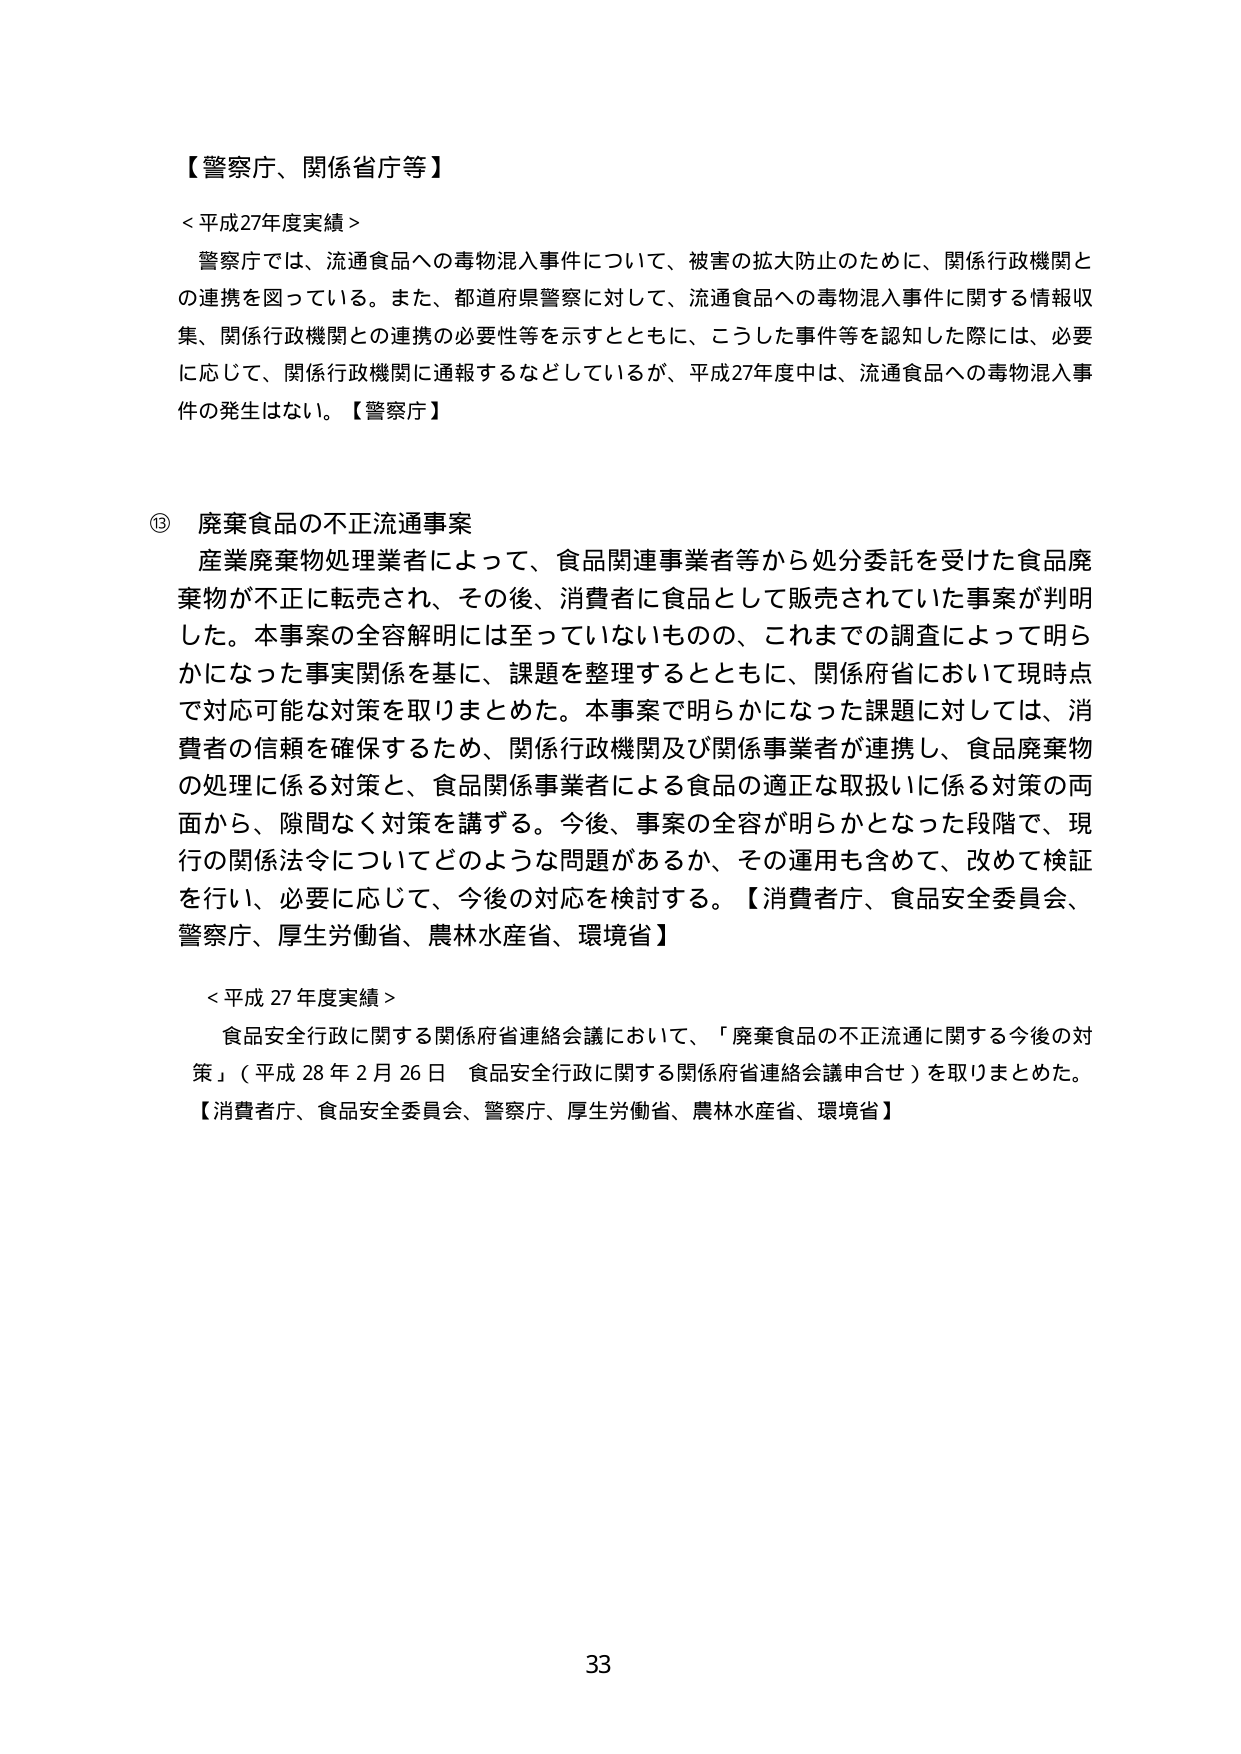
【警察庁、関係省庁等】

＜平成27年度実績＞
警察庁では、流通食品への毒物混入事件について、被害の拡大防止のために、関係行政機関との連携を図っている。また、都道府県警察に対して、流通食品への毒物混入事件に関する情報収集、関係行政機関との連携の必要性等を示すとともに、こうした事件等を認知した際には、必要に応じて、関係行政機関に通報するなどしているが、平成27年度中は、流通食品への毒物混入事件の発生はない。【警察庁】

⑬ 廃棄食品の不正流通事案
産業廃棄物処理業者によって、食品関連事業者等から処分委託を受けた食品廃棄物が不正に転売され、その後、消費者に食品として販売されていた事案が判明した。本事案の全容解明には至っていないものの、これまでの調査によって明らかになった事実関係を基に、課題を整理するとともに、関係府省において現時点で対応可能な対策を取りまとめた。本事案で明らかになった課題に対しては、消費者の信頼を確保するため、関係行政機関及び関係事業者が連携し、食品廃棄物の処理に係る対策と、食品関係事業者による食品の適正な取扱いに係る対策の両面から、隙間なく対策を講ずる。今後、事案の全容が明らかとなった段階で、現行の関係法令についてどのような問題があるか、その運用も含めて、改めて検証を行い、必要に応じて、今後の対応を検討する。【消費者庁、食品安全委員会、警察庁、厚生労働省、農林水産省、環境省】

＜平成27年度実績＞
食品安全行政に関する関係府省連絡会議において、「廃棄食品の不正流通に関する今後の対策」（平成28年2月26日 食品安全行政に関する関係府省連絡会議申合せ）を取りまとめた。【消費者庁、食品安全委員会、警察庁、厚生労働省、農林水産省、環境省】

33